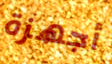
أجهزة